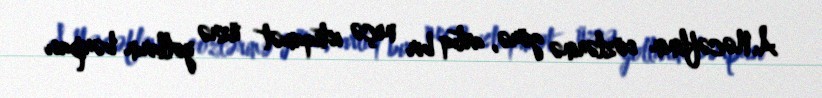
A.Nəcəflinin sözlərinə görə, artıq bir neçə istiqamət üzrə yolların bərpası